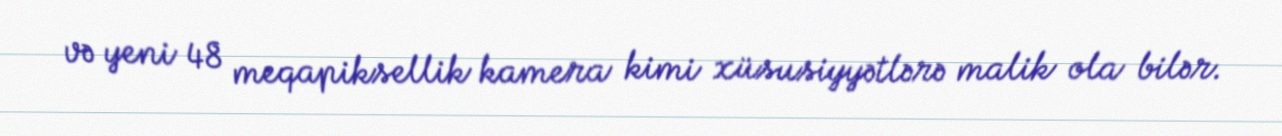
və yeni 48 meqapiksellik kamera kimi xüsusiyyətlərə malik ola bilər.